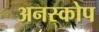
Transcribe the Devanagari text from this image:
अनस्कोप